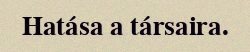
Hatása a társaira.